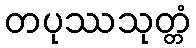
တပုဿသုတ္တံ